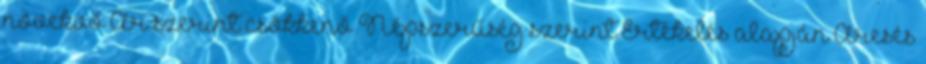
növekvő Ár szerint csökkenő Népszerűség szerint Értékelés alapján Áresés